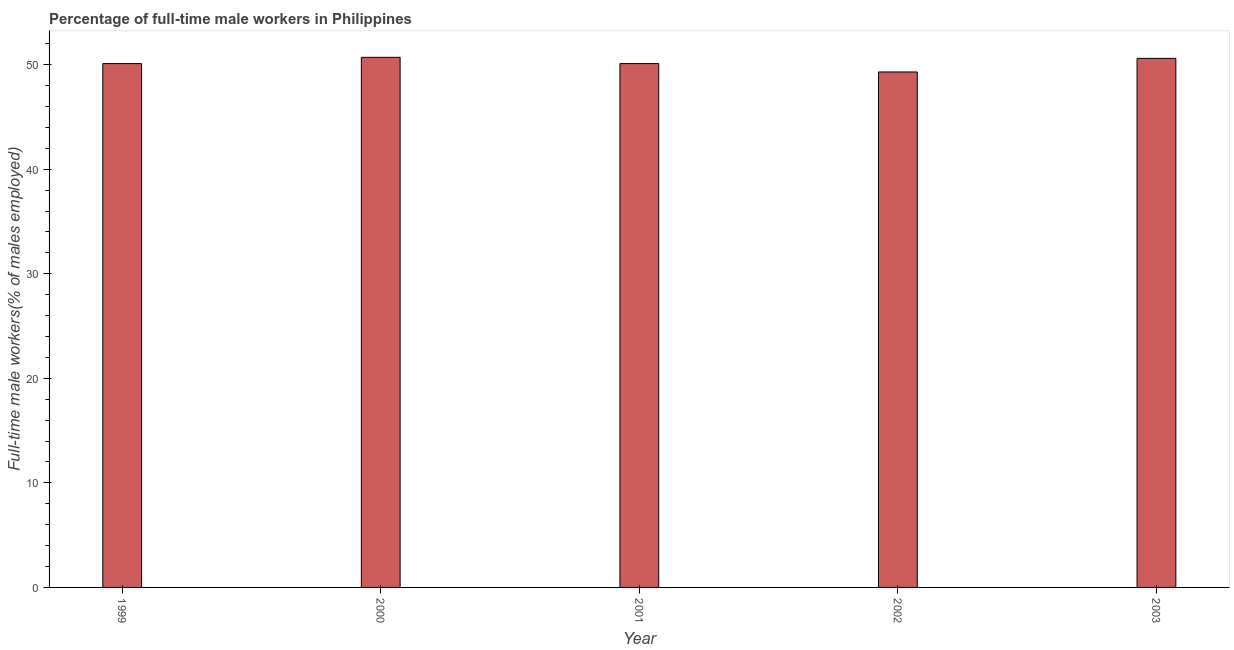
| Year | Wage and salary workers |
 | --- | --- |
 | 1999 | 50.1 |
 | 2000 | 50.7 |
 | 2001 | 50.1 |
 | 2002 | 49.3 |
 | 2003 | 50.6 |